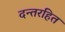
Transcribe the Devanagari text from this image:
दन्तरहित